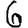
Digit: 6